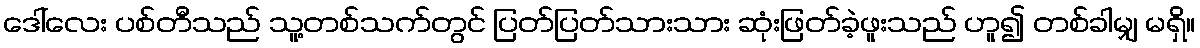
ဒေါ်လေး ပစ်တီသည် သူ့တစ်သက်တွင် ပြတ်ပြတ်သားသား ဆုံးဖြတ်ခဲ့ဖူးသည် ဟူ၍ တစ်ခါမျှ မရှိ။